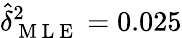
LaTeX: \hat{\delta}_{\mathrm{~M~L~E~}}^{2}=0.025